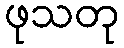
ဖုသတု